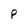
Character: P